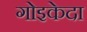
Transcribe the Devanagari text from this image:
गोइकेदा